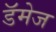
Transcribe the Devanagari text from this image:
डॅमेज